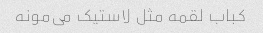
کباب لقمه مثل لاستیک می‌مونه